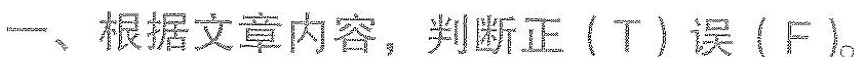
一、根据文章内容,判断正(T)误(F).